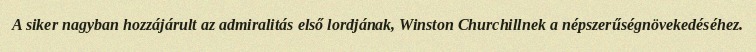
A siker nagyban hozzájárult az admiralitás első lordjának, Winston Churchillnek a népszerűségnövekedéséhez.